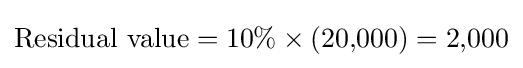
{\text{Residual value}}=10\%\times (20{,}000)=2{,}000